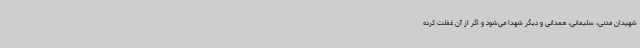
شهیدان مدنی، سلیمانی، همدانی و دیگر شهدا می‌شود و اگر از آن غفلت کرده